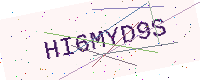
Text: HI6MYD9S